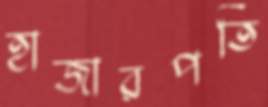
হাজারপতি